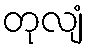
တုလျံ